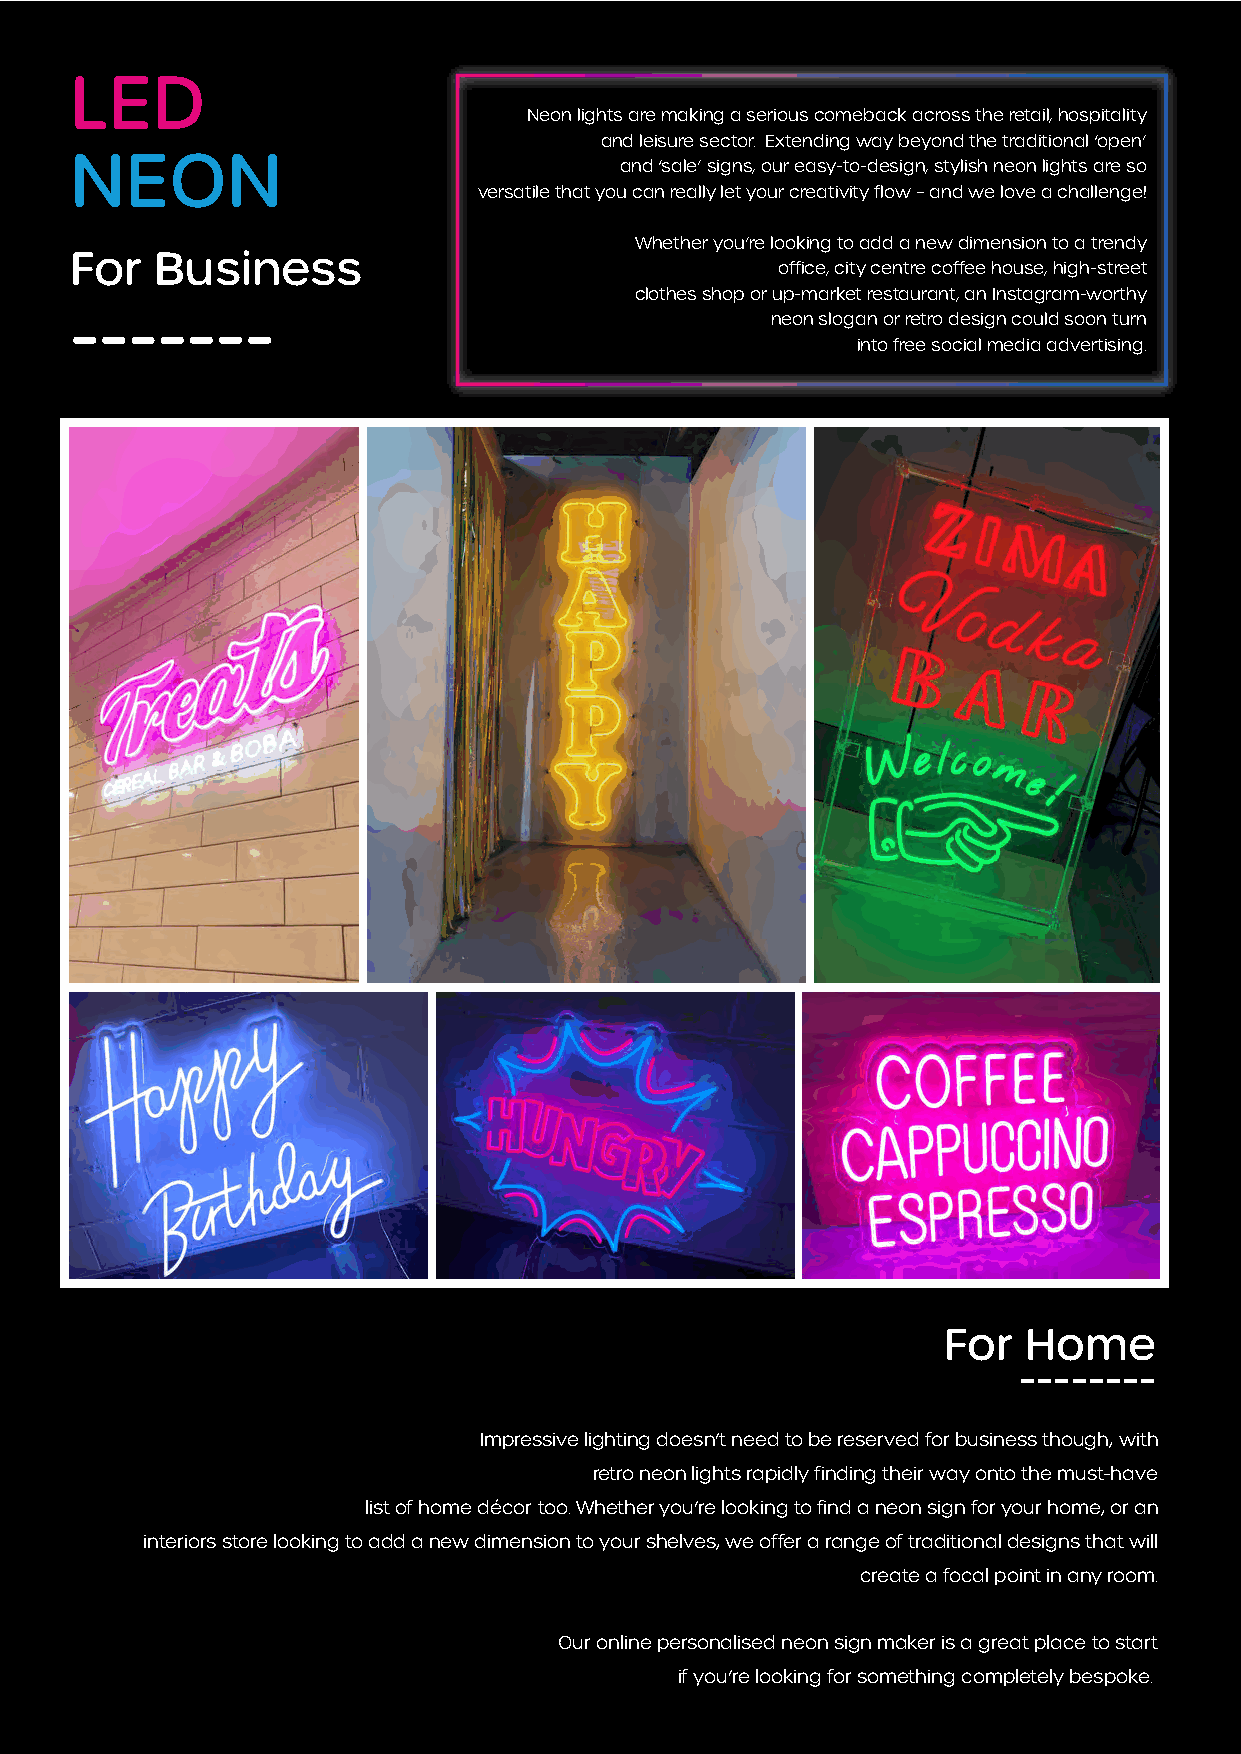
LED
 Neon lights are making a serious comeback across the retail, hospitality
 and leisure sector. Extending way beyond the traditional ‘open’
 NEON                                and ‘sale’ signs, our easy-to-design, stylish neon lights are so
 versatile that you can really let your creativity flow – and we love a challenge!
 Whether you’re looking to add a new dimension to a trendy
 For  Business
 office, city centre coffee house, high-street
 clothes shop or up-market restaurant, an Instagram-worthy
 -------                                       neon slogan or retro design could soon turn
 into free social media advertising.
 For   Home
 --------
 Impressive lighting doesn’t need to be reserved for business though, with
 retro neon lights rapidly finding their way onto the must-have
 list of home décor too. Whether you’re looking to find a neon sign for your home, or an
 interiors store looking to add a new dimension to your shelves, we offer a range of traditional designs that will
 create a focal point in any room.
 Our online personalised neon sign maker is a great place to start
 if you’re looking for something completely bespoke.